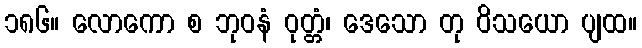
၁၈၆။ လောကော စ ဘုဝနံ ဝုတ္တံ၊ ဒေသော တု ဝိသယော ပျထ။